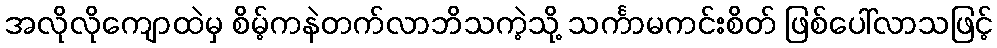
အလိုလိုကျောထဲမှ စိမ့်ကနဲတက်လာဘိသကဲ့သို့ သင်္ကာမကင်းစိတ် ဖြစ်ပေါ်လာသဖြင့်